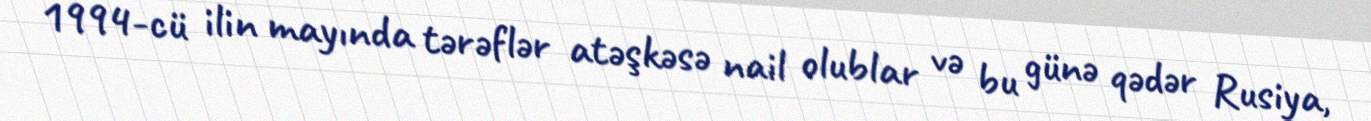
1994-cü ilin mayında tərəflər atəşkəsə nail olublar və bu günə qədər Rusiya,